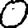
Digit: 0